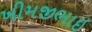
ખીમજીભાઇ